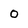
Character: 0